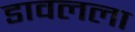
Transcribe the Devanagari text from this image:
डावलला